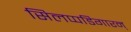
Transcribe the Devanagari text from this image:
सिलप्पडिगारन्